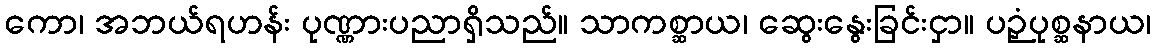
ကော၊ အဘယ်ရဟန်း ပုဏ္ဏားပညာရှိသည်။ သာကစ္ဆာယ၊ ဆွေးနွေးခြင်းငှာ။ ပဉှံပုစ္ဆနာယ၊